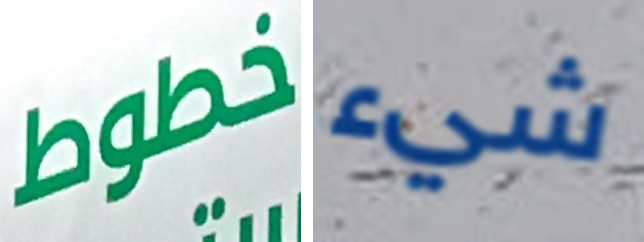
خطوط شيء